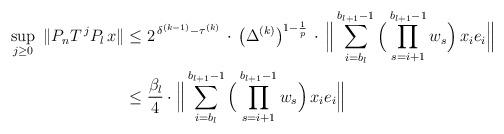
LaTeX: \begin{align*} \sup_{j\ge 0}\ \|P_{n}T^{\,j}P_{l}\,x\|&\le 2^{\,\delta ^{(k-1)}-\tau ^{(k)}}\,\cdot\,\bigl(\Delta ^{(k)} \bigr)^{1-\frac1{p}} \,\cdot\,\Big\|\sum_{i=b_{l}}^{b_{l+1}-1}\Big(\prod_{s=i+1}^{b_{l+1}-1}w_s\Big)\,x_{i}e_{i}\Big\|\\&\le \dfrac{\beta_{l}}{4}\cdot \Big\|\sum_{i=b_{l}}^{b_{l+1}-1}\Big(\prod_{s=i+1}^{b_{l+1}-1}w_s\Big)\,x_{i}e_{i}\Big\|\end{align*}